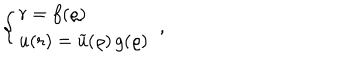
\left\{ \begin{array} { l } { { r = f ( \varrho ) \nonumber } } \\ { { u ( r ) = \widetilde { u } ( \varrho ) \, g ( \varrho ) } } \\ \end{array} \right. \; ,